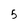
Character: 5